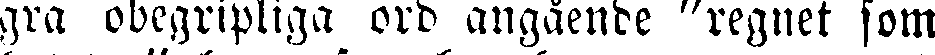
gra obegripliga ord angående "regnet som